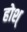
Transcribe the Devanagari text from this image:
होश्